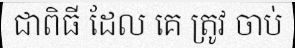
ជាពិធី ដែល គេ ត្រូវ ចាប់